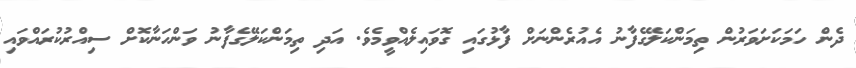
ދެން ހަމަކަށަވަރުން ތިމަންކަލޭގެފާނު އެއުރެންނަށް ފާޅުގައި ގޮވައިލެއްވީމެވެ. އަދި ތިމަންކަލޭގެފާނު ވަންހަނާކޮށް ސިއްރުކުރައްވައި